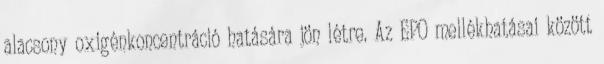
alacsony oxigénkoncentráció hatására jön létre. Az EPO mellékhatásai között